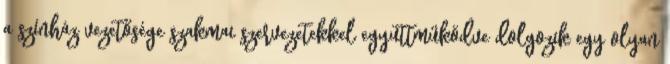
a színház vezetősége szakmai szervezetekkel együttműködve dolgozik egy olyan